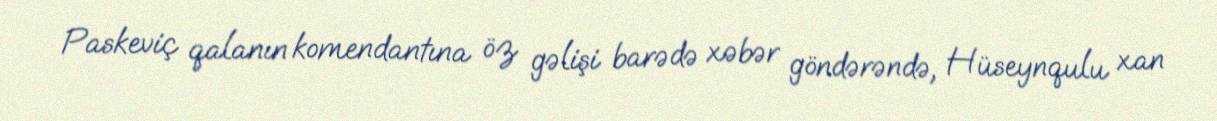
Paskeviç qalanın komendantına öz gəlişi barədə xəbər göndərəndə, Hüseynqulu xan